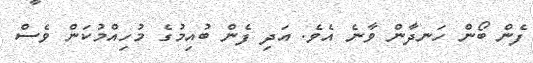
ފެން ބޯން ހަނދާން ވާނެ އެވެ. އަދި ފެން ބުއިމުގެ މުހިއްމުކަން ވެސް